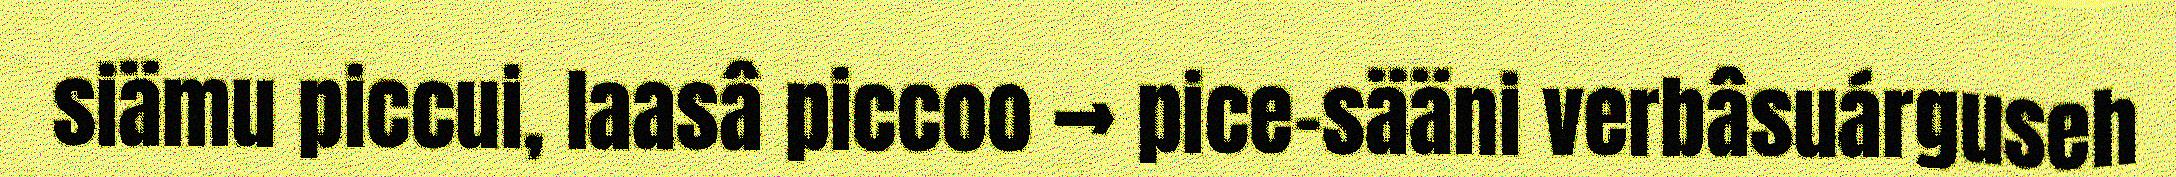
siämu piccui, laasâ piccoo → pice-sääni verbâsuárguseh